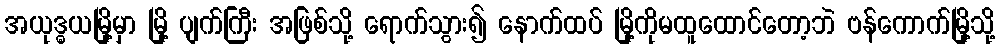
အယုဒ္ဓယမြို့မှာ မြို့ ပျက်ကြီး အဖြစ်သို့ ရောက်သွား၍ နောက်ထပ် မြို့ကိုမထူထောင်တော့ဘဲ ဗန်ကောက်မြို့သို့